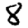
Digit: 8